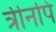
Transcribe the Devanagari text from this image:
त्रीनपि